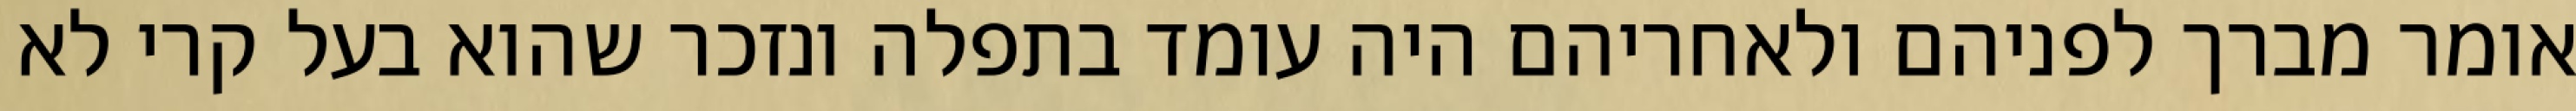
אומר מברך לפניהם ולאחריהם היה עומד בתפלה ונזכר שהוא בעל קרי לא